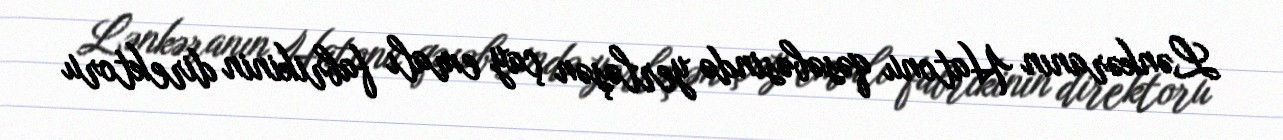
Lənkəranın Hatonu qəsəbəsində yerləşən çay emalı fabrikinin direktoru